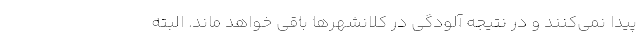
پیدا نمی‌کنند و در نتیجه آلودگی در کلانشهرها باقی خواهد ماند. البته